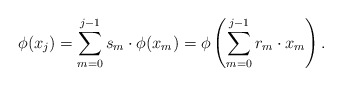
\begin{align*}\phi(x_j) = \sum_{m=0}^{j-1} s_m \cdot \phi(x_m) = \phi\left( \sum_{m=0}^{j-1} r_m\cdot x_m \right).\end{align*}